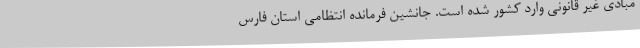
مبادی غیر قانونی وارد کشور شده است. جانشین فرمانده انتظامی استان فارس